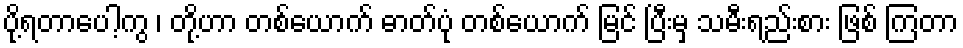
ပို့ရတာပေါ့ကွ ၊ တို့ဟာ တစ်ယောက် ဓာတ်ပုံ တစ်ယောက် မြင် ပြီးမှ သမီးရည်းစား ဖြစ် ကြတာ